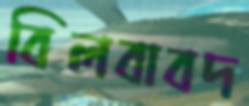
বিলবাবদ